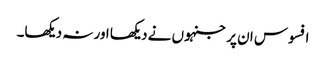
افسوس ان پر جنہوں نے دیکھا اور نہ دیکھا۔